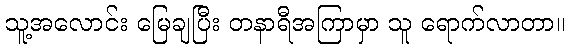
သူ့အလောင်း မြေချပြီး တနာရီအကြာမှာ သူ ရောက်လာတာ။